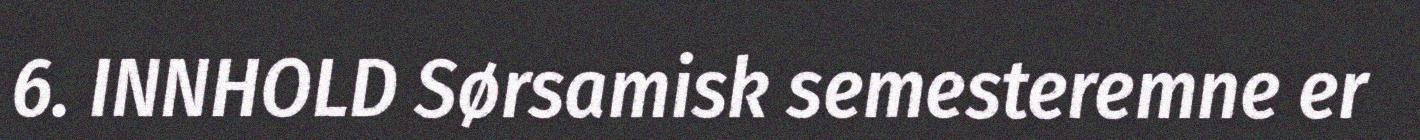
6. INNHOLD Sørsamisk semesteremne er